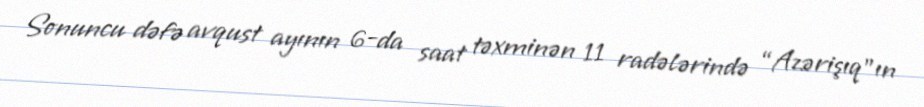
Sonuncu dəfə avqust ayının 6-da saat təxminən 11 radələrində “Azərişıq”ın